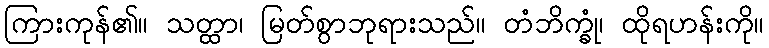
ကြားကုန်၏။ သတ္ထာ၊ မြတ်စွာဘုရားသည်။ တံဘိက္ခုံ၊ ထိုရဟန်းကို။